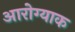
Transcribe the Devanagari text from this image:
आरोग्याक